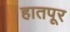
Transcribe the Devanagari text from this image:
हातपूर